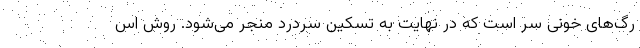
رگ‌های خونی سر است که در نهایت به تسکین سردرد منجر می‌شود. روش اس